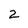
Character: 2